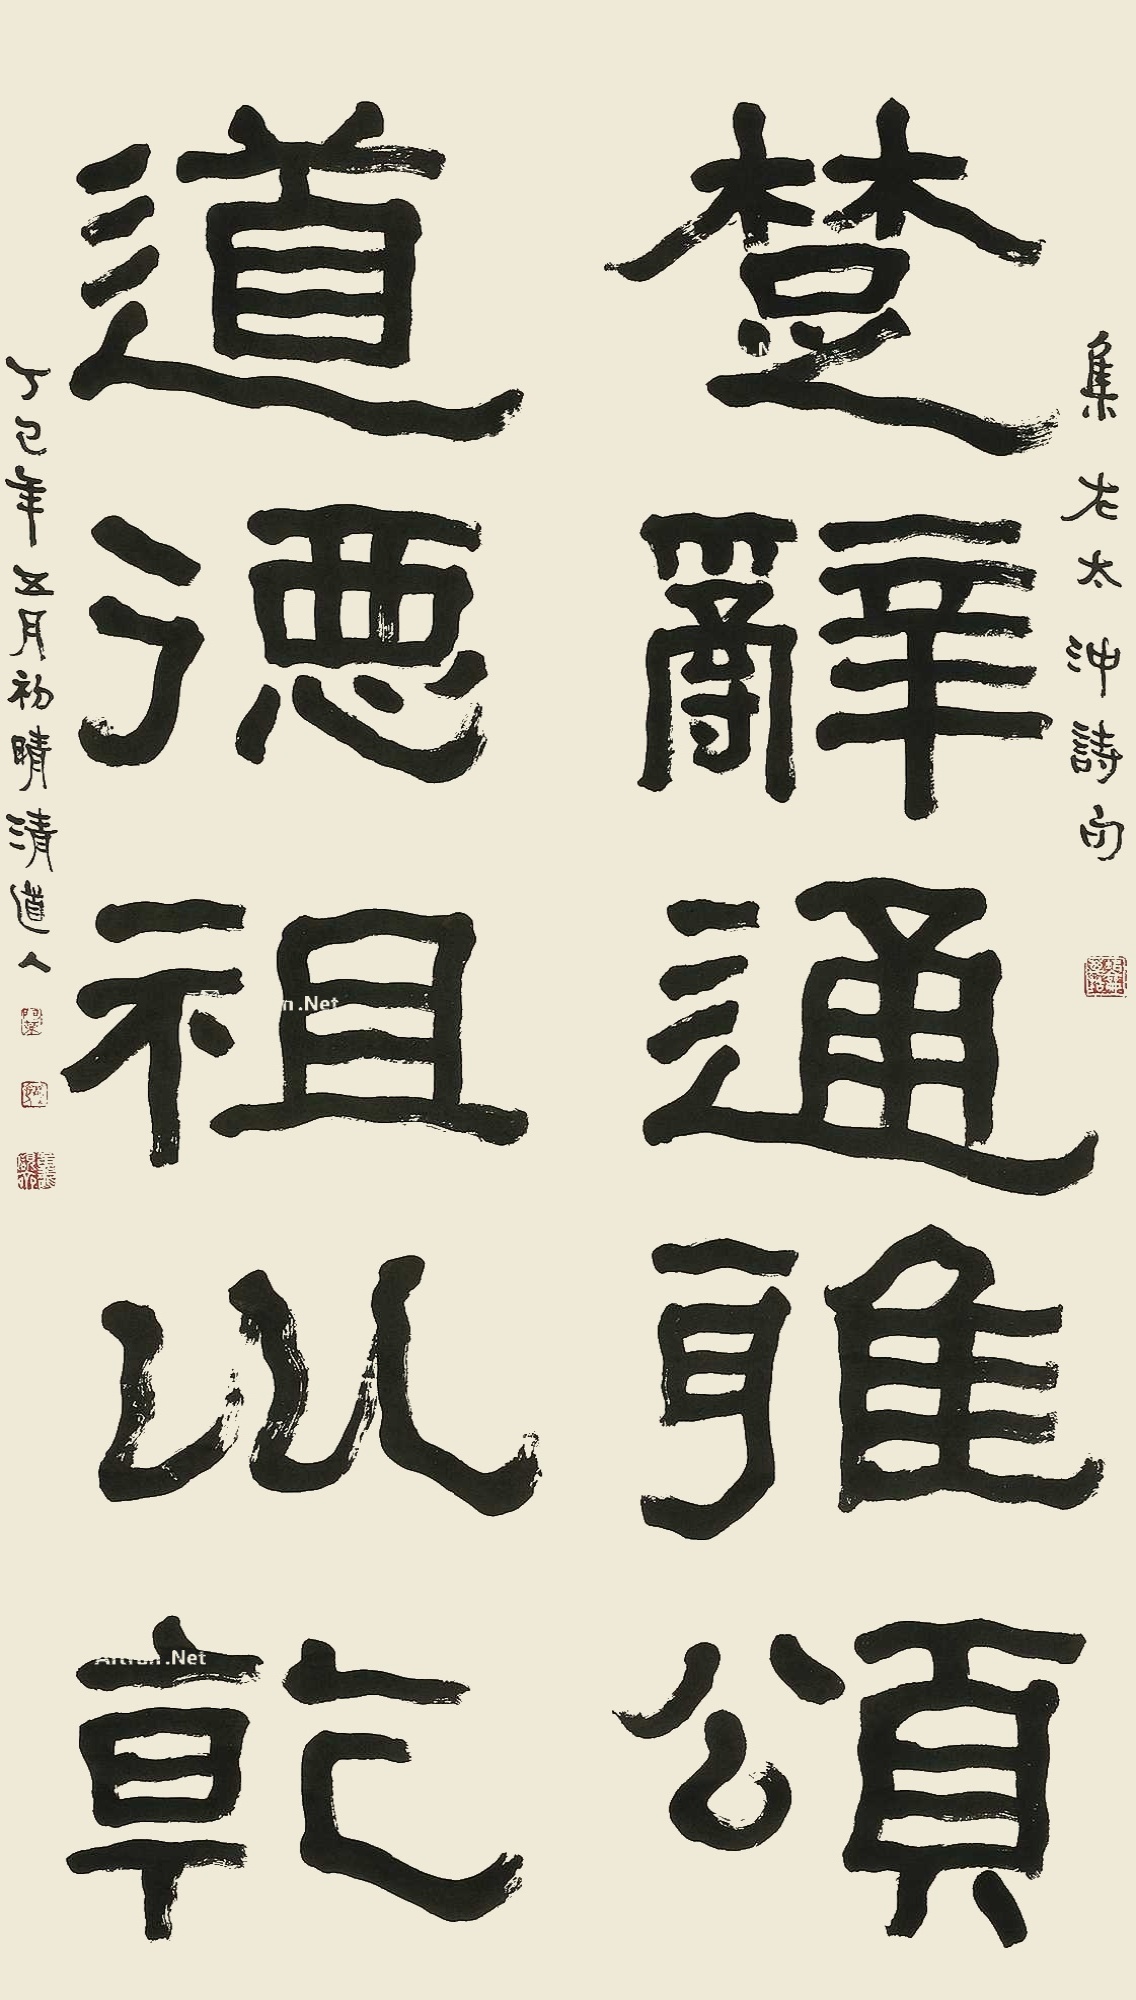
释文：楚辞通雅颂，道德祖川干。集左太冲诗句，丁巳年五月初晴清道人。